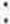
: